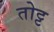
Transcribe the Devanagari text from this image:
तोट्ट